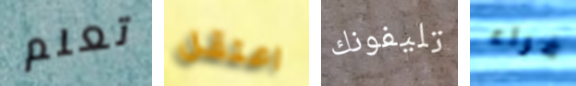
تعلم اعتقل تليفونك فراء